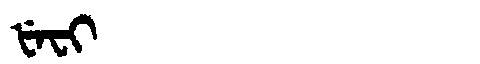
Manchu: ᡶᡝᠸᡳ
Romanization: FEFI